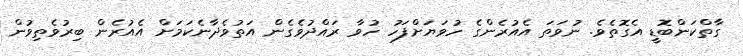
ގާތްކަންބޮޑީ އެގޮތެވެ. ނުވަތަ އެއުރެންގެ ހުވަޔަށްފަހު ހުވާ ރައްދުވެގެން އަތުވެދާނެކަމަށް އެއުރެން ބިރުވެތިވުން